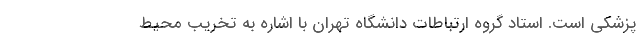
پزشکی است. استاد گروه ارتباطات دانشگاه تهران با اشاره به تخریب محیط